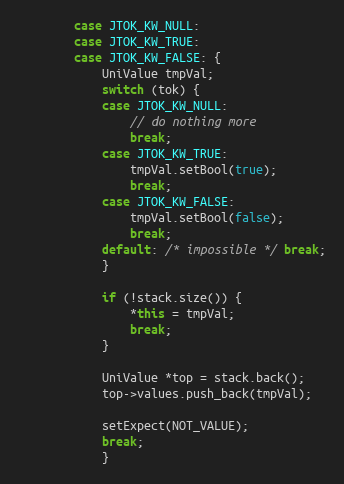
Language: C++
        case JTOK_KW_NULL:
        case JTOK_KW_TRUE:
        case JTOK_KW_FALSE: {
            UniValue tmpVal;
            switch (tok) {
            case JTOK_KW_NULL:
                // do nothing more
                break;
            case JTOK_KW_TRUE:
                tmpVal.setBool(true);
                break;
            case JTOK_KW_FALSE:
                tmpVal.setBool(false);
                break;
            default: /* impossible */ break;
            }

            if (!stack.size()) {
                *this = tmpVal;
                break;
            }

            UniValue *top = stack.back();
            top->values.push_back(tmpVal);

            setExpect(NOT_VALUE);
            break;
            }